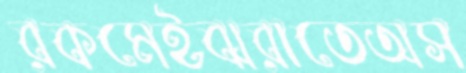
রকমেইঝরাতেঅস